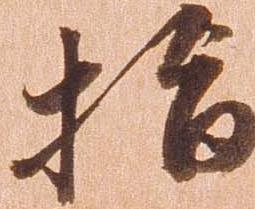
指